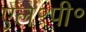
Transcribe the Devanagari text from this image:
एल॰पी॰